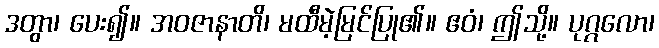
ဒတွာ၊ ပေး၍။ အဝဇာနာတိ၊ မထီမဲ့မြင်ပြု၏။ ဧဝံ၊ ဤသို့။ ပုဂ္ဂလော၊